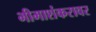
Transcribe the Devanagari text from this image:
भीमाशंकरावर